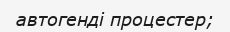
автогенді процестер;